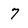
Character: 7